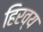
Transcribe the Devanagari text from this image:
हिरव्य